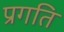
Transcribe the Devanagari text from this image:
प्रगति